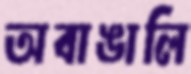
অবাঙালি